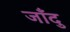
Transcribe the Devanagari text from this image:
जाँदु